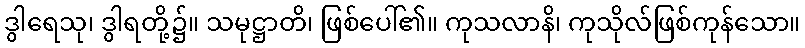
ဒွါရေသု၊ ဒွါရတို့၌။ သမုဋ္ဌာတိ၊ ဖြစ်ပေါ်၏။ ကုသလာနိ၊ ကုသိုလ်ဖြစ်ကုန်သော။